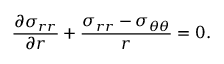
\frac { \partial \sigma _ { r r } } { \partial r } + \frac { \sigma _ { r r } - \sigma _ { \theta \theta } } { r } = 0 .